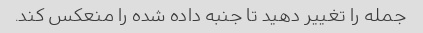
جمله را تغییر دهید تا جنبه داده شده را منعکس کند.